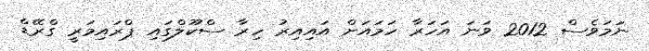
ނަމަވެސް 2012 ވަނަ އަހަރާ ހަމައަށް އައިއިރު ހިރާ ސްކޫލްގައި ޕްރައިމަރީ ގްރޭޑް